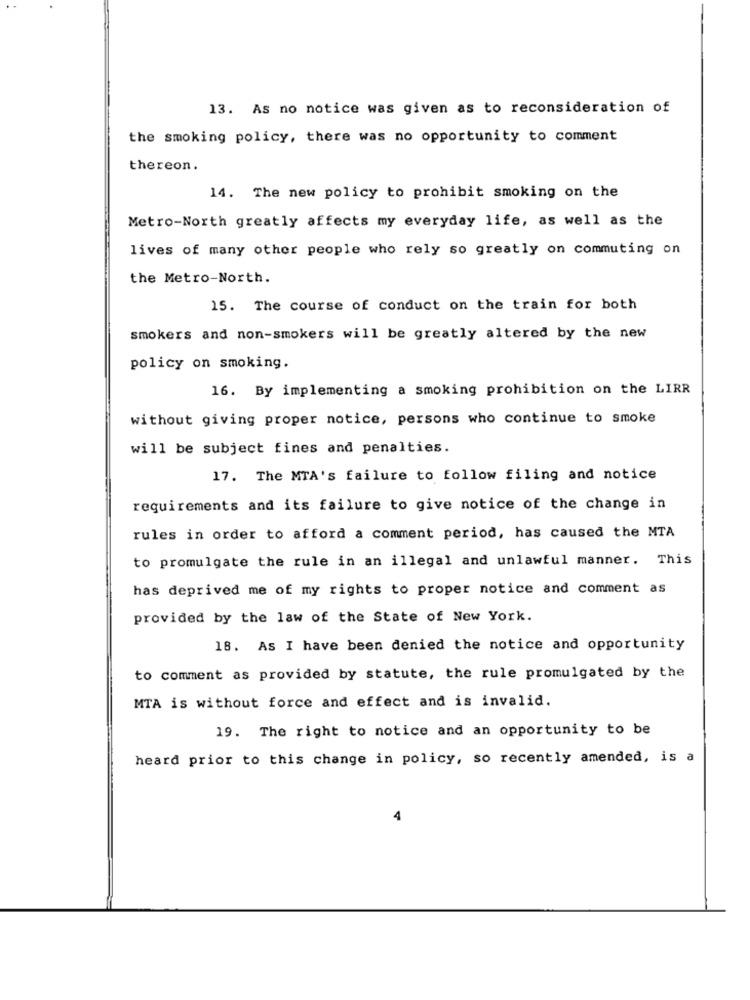
13. As no notice was given as to reconsideration of
the smoking policy, there was no opportunity to comment
thereon.
14. The new policy to prohibit smoking on the
Metro-North greatly affects my everyday life, as well as the
lives of many other people who rely so greatly on commuting on
the Metro-North.
15. The course of conduct on the train for both
smokers and non-smokers will be greatly altered by the new
policy on smoking.
16. By implementing a smoking prohibition on the LIRR
without giving proper notice, persons who continue to smoke
will be subject fines and penalties.
17. The MTA's failure to follow filing and notice
requirements and its failure to give notice of the change in
rules in order to afford a comment period, has caused the MTA
to promulgate the rule in an illegal and unlawful manner. This
has deprived me of my rights to proper notice and comment as
provided by the law of the State of New York.
18. As I have been denied the notice and opportunity
to comment as provided by statute, the rule promulgated by the
MTA is without force and effect and is invalid.
19. The right to notice and an opportunity to be
heard prior to this change in policy, so recently amended, is a